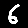
Digit: 6